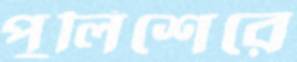
পুলিশেরে